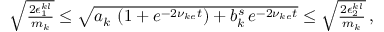
\begin{array} { r } { \sqrt { \frac { 2 \epsilon _ { 1 } ^ { k l } } { m _ { k } } } \le \sqrt { a _ { k } \, \left( 1 + e ^ { - 2 \nu _ { k e } t } \right) + b _ { k } ^ { s } \, e ^ { - 2 \nu _ { k e } t } } \le \sqrt { \frac { 2 \epsilon _ { 2 } ^ { k l } } { m _ { k } } } \, , } \end{array}